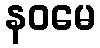
နဝမေ